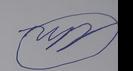
Signature authenticity: forged